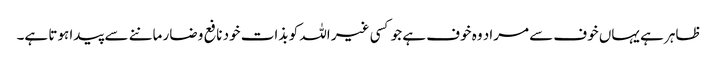
ظاہر ہے یہاں خوف سے مراد وہ خوف ہے جو کسی غیر اللہ کو بذات خود نافع و ضار ماننے سے پیدا ہوتا ہے۔